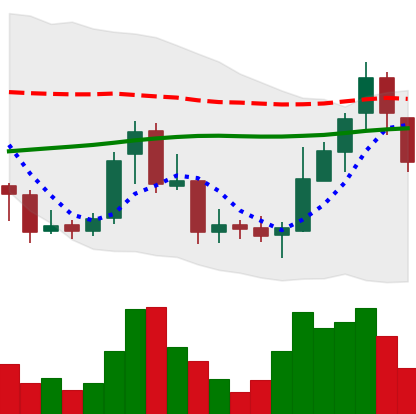
Ticker: BNB-USD
Chart end date: 2018-07-30
Forward return: 4.733%
Label: up_3_5